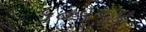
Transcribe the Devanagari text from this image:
५०५५४